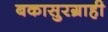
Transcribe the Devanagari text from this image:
बकासुरग्राही